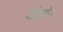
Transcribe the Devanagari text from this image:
जाँउगो।